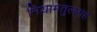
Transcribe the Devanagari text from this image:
नियामतुल्लाह